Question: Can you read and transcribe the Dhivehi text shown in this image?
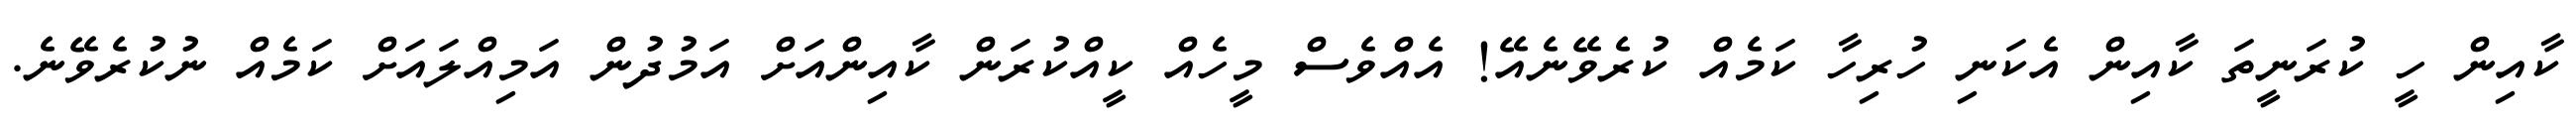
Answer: ކާއިން ހީ ކުރަނީތަ ކާއިން އެކަނި ހުރިހާ ކަމެއް ކުރެވޭނެއޭ! އެއްވެސް މީހެއް ކީއްކުރަން ކާއިންއަށް އަމުދުން އަމިއްލައަށް ކަމެއް ނުކުރެވޭނެ.